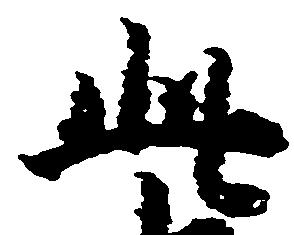
此